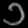
Digit: ၁